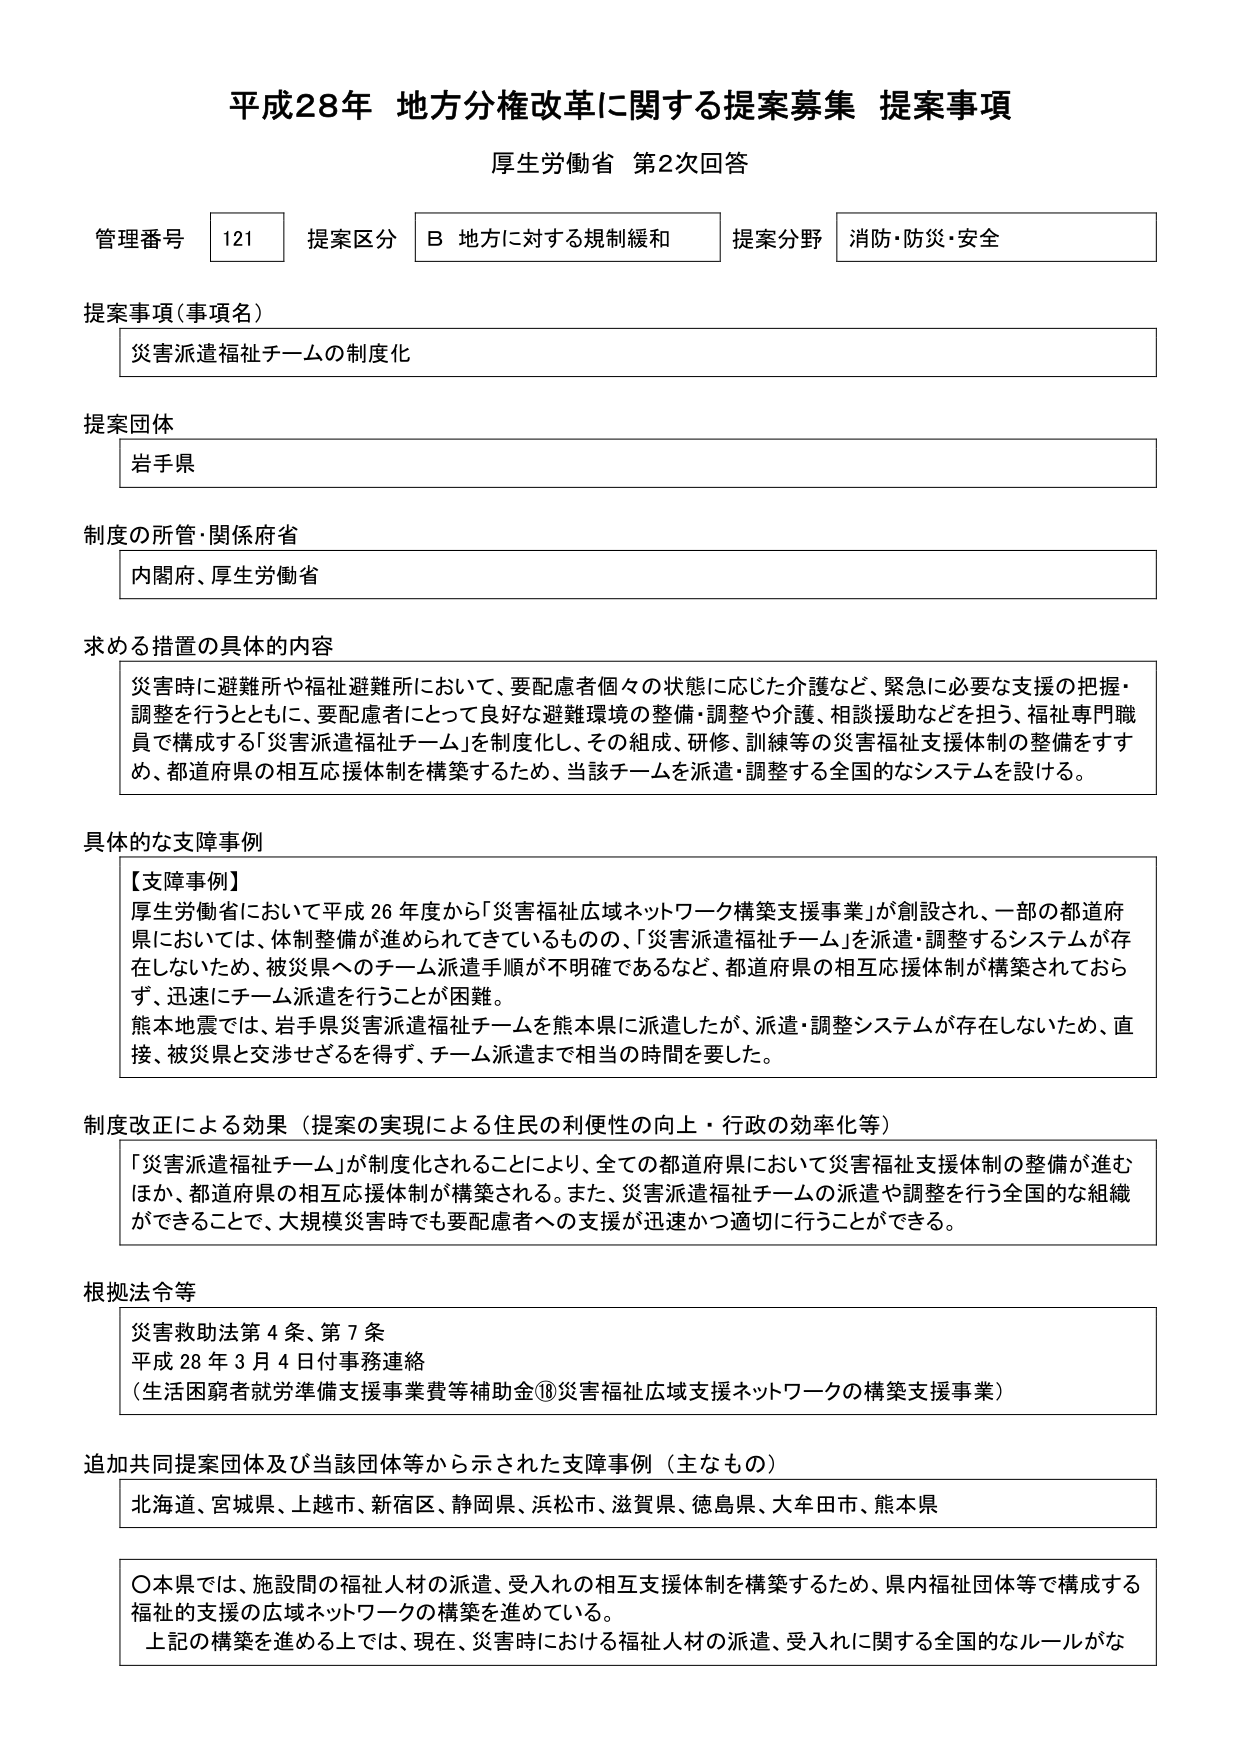
平成28年 地方分権改革に関する提案募集 提案事項
厚生労働省 第2次回答

管理番号 121 提案区分 B 地方に対する規制緩和 提案分野 消防・防災・安全

提案事項（事項名）
災害派遣福祉チームの制度化

提案団体
岩手県

制度の所管・関係府省
内閣府、厚生労働省

求める措置の具体的内容
災害時に避難所や福祉避難所において、要配慮者個々の状態に応じた介護など、緊急に必要な支援の把握・調整を行うとともに、要配慮者にとって良好な避難環境の整備・調整や介護、相談援助などを担う、福祉専門職員で構成する「災害派遣福祉チーム」を制度化し、その組成、研修、訓練等の災害福祉支援体制の整備をすすめ、都道府県の相互応援体制を構築するため、当該チームを派遣・調整する全国的なシステムを設ける。

具体的な支障事例
【支障事例】
厚生労働省において平成26年度から「災害福祉広域ネットワーク構築支援事業」が創設され、一部の都道府県においては、体制整備が進められてきているものの、「災害派遣福祉チーム」を派遣・調整するシステムが存在しないため、被災県へのチーム派遣手順が不明確であるなど、都道府県の相互応援体制が構築されておらず、迅速にチーム派遣を行うことが困難。
熊本地震では、岩手県災害派遣福祉チームを熊本県に派遣したが、派遣・調整システムが存在しないため、直接、被災県と交渉せざるを得ず、チーム派遣まで相当の時間を要した。

制度改正による効果（提案の実現による住民の利便性の向上・行政の効率化等）
「災害派遣福祉チーム」が制度化されることにより、全ての都道府県において災害福祉支援体制の整備が進むほか、都道府県の相互応援体制が構築される。また、災害派遣福祉チームの派遣や調整を行う全国的な組織ができることで、大規模災害時でも要配慮者への支援が迅速かつ適切に行うことができる。

根拠法令等
災害救助法第4条、第7条
平成28年3月4日付事務連絡
（生活困窮者就労準備支援事業費等補助金⑱災害福祉広域支援ネットワークの構築支援事業）

追加共同提案団体及び当該団体等から示された支障事例（主なもの）
北海道、宮城県、上越市、新宿区、静岡県、浜松市、滋賀県、徳島県、大牟田市、熊本県

〇本県では、施設間の福祉人材の派遣、受入れの相互支援体制を構築するため、県内福祉団体等で構成する福祉の支援の広域ネットワークの構築を進めている。
上記の構築を進める上では、現在、災害時における福祉人材の派遣、受入れに関する全国的なルールがな